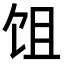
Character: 𬲭